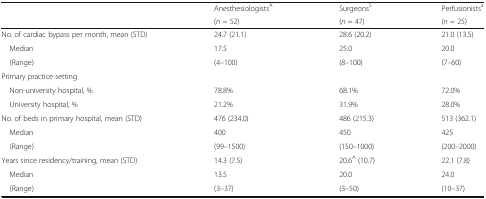
<table><thead><tr><td>[EMPTY_CELL]</td><td><b>Anesthesiologists<sup>A</sup></b></td><td><b>Surgeons<sup>S</sup></b></td><td><b>Perfusionists<sup>a</sup></b></td></tr><tr><td>[EMPTY_CELL]</td><td><b>(<i>n</i> = 52)</b></td><td><b>(<i>n</i> = 47)</b></td><td><b>(<i>n</i> = 25)</b></td></tr></thead><tbody><tr><td>No. of cardiac bypass per month, mean (STD)</td><td>24.7 (21.1)</td><td>28.6 (20.2)</td><td>21.0 (13.5)</td></tr><tr><td> Median</td><td>17.5</td><td>25.0</td><td>20.0</td></tr><tr><td> (Range)</td><td>(4–100)</td><td>(8–100)</td><td>(7–60)</td></tr><tr><td colspan="4">Primary practice setting</td></tr><tr><td> Non-university hospital, %</td><td>78.8%</td><td>68.1%</td><td>72.0%</td></tr><tr><td> University hospital, %</td><td>21.2%</td><td>31.9%</td><td>28.0%</td></tr><tr><td>No. of beds in primary hospital, mean (STD)</td><td>476 (234.0)</td><td>486 (215.3)</td><td>513 (362.1)</td></tr><tr><td> Median</td><td>400</td><td>450</td><td>425</td></tr><tr><td> (Range)</td><td>(99–1500)</td><td>(150–1000)</td><td>(200–2000)</td></tr><tr><td>Years since residency/training, mean (STD)</td><td>14.3 (7.5)</td><td>20.6<sup>A</sup> (10.7)</td><td>22.1 (7.8)</td></tr><tr><td> Median</td><td>13.5</td><td>20.0</td><td>24.0</td></tr><tr><td> (Range)</td><td>(3–37)</td><td>(3–50)</td><td>(10–37)</td></tr></tbody></table>